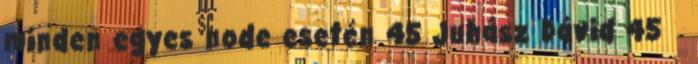
minden egyes node esetén 45 Juhász Dávid 45